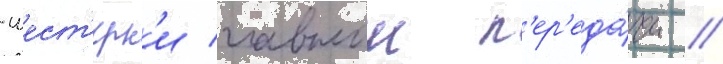
-шест'ерн'и главнои п'ер'еда́чи //